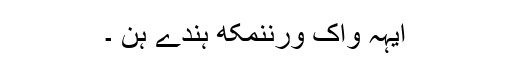
ایہہ واک ورننمکھّ ہندے ہن ۔